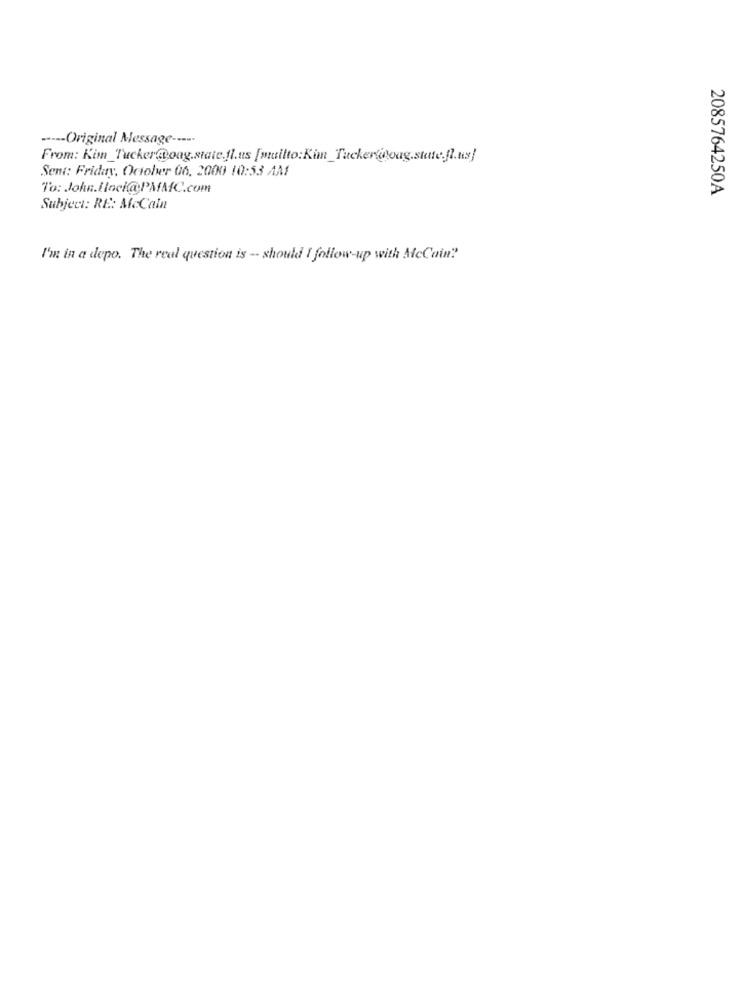
----- Original Message ---..
From: Kim_Tucker@oag.state.fl.us [mailto:Kim_Tucker@oug.state.fl.us]
Sent: Friday, October 06, 2000 10:53 AM
To: John.Ilaci@PMMC.com
2085764250A
Subject: RE: McCain
I'm in a depo. The real question is - should I follow-up with McCain?